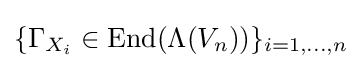
\{\Gamma _{X_{i}}\in \mathrm {End} (\Lambda (V_{n}))\}_{i=1,\dots ,n}